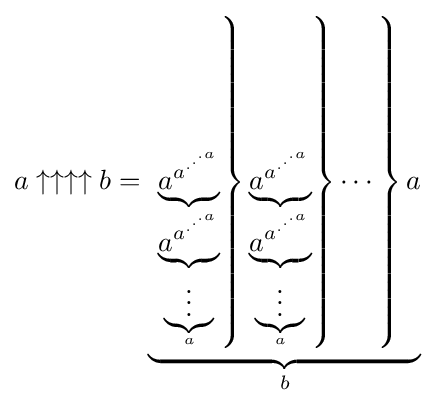
a\uparrow \uparrow \uparrow \uparrow b=\underbrace {\left.\left.\left.\underbrace {a^{a^{.^{.^{.{a}}}}}} _{\underbrace {a^{a^{.^{.^{.{a}}}}}} _{\underbrace {\vdots } _{a}}}\right\}\underbrace {a^{a^{.^{.^{.{a}}}}}} _{\underbrace {a^{a^{.^{.^{.{a}}}}}} _{\underbrace {\vdots } _{a}}}\right\}\cdots \right\}a} _{b}